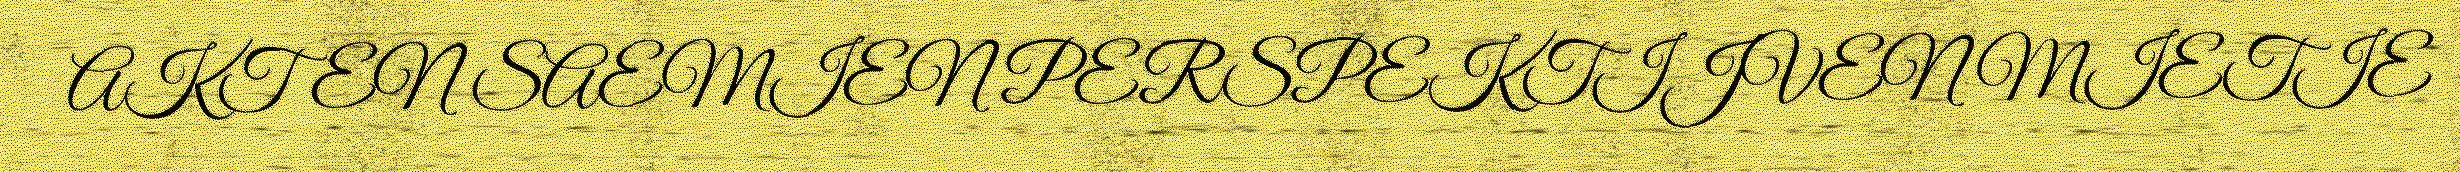
AKTEN SAEMIEN PERSPEKTIJVEN MIETIE